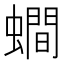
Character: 𧒄